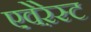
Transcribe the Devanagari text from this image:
एवेऱेस्ट